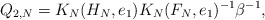
\begin{align*} Q_{2,N} = K_N(H_N,e_1) K_N(F_N,e_1)^{-1} \beta^{-1},\end{align*}